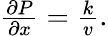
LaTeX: \begin{array}{r}{{\frac{\partial P}{\partial x}}={\frac{k}{v}}.}\end{array}